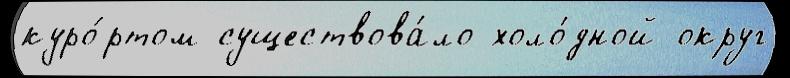
куро́ртом существова́ло холо́дной округ